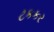
ટકકર